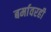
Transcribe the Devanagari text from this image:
बर्मावरही